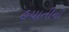
હયાતીની